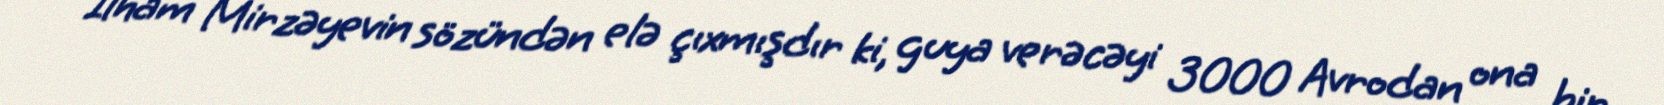
İlham Mirzəyevin sözündən elə çıxmışdır ki, guya verəcəyi 3000 Avrodan ona bir